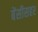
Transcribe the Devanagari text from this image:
बेंसीसहर